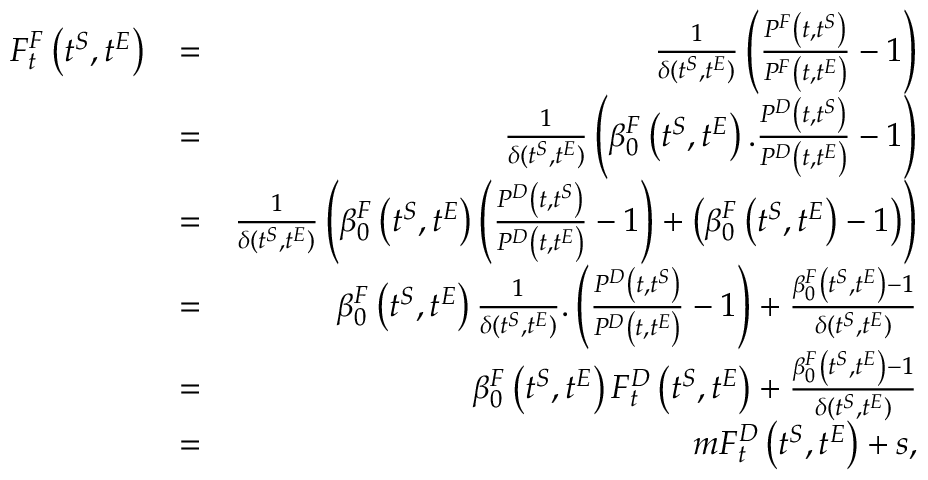
\begin{array} { r l r } { F _ { t } ^ { F } \left( t ^ { S } , t ^ { E } \right) } & { = } & { \frac { 1 } { \delta ( t ^ { S } , t ^ { E } ) } \left( \frac { P ^ { F } \left( t , t ^ { S } \right) } { P ^ { F } \left( t , t ^ { E } \right) } - 1 \right) } \\ & { = } & { \frac { 1 } { \delta ( t ^ { S } , t ^ { E } ) } \left( \beta _ { 0 } ^ { F } \left( t ^ { S } , t ^ { E } \right) . \frac { P ^ { D } \left( t , t ^ { S } \right) } { P ^ { D } \left( t , t ^ { E } \right) } - 1 \right) } \\ & { = } & { \frac { 1 } { \delta ( t ^ { S } , t ^ { E } ) } \left( \beta _ { 0 } ^ { F } \left( t ^ { S } , t ^ { E } \right) \left( \frac { P ^ { D } \left( t , t ^ { S } \right) } { P ^ { D } \left( t , t ^ { E } \right) } - 1 \right) + \left( \beta _ { 0 } ^ { F } \left( t ^ { S } , t ^ { E } \right) - 1 \right) \right) } \\ & { = } & { \beta _ { 0 } ^ { F } \left( t ^ { S } , t ^ { E } \right) \frac { 1 } { \delta ( t ^ { S } , t ^ { E } ) } . \left( \frac { P ^ { D } \left( t , t ^ { S } \right) } { P ^ { D } \left( t , t ^ { E } \right) } - 1 \right) + \frac { \beta _ { 0 } ^ { F } \left( t ^ { S } , t ^ { E } \right) - 1 } { \delta ( t ^ { S } , t ^ { E } ) } } \\ & { = } & { \beta _ { 0 } ^ { F } \left( t ^ { S } , t ^ { E } \right) F _ { t } ^ { D } \left( t ^ { S } , t ^ { E } \right) + \frac { \beta _ { 0 } ^ { F } \left( t ^ { S } , t ^ { E } \right) - 1 } { \delta ( t ^ { S } , t ^ { E } ) } } \\ & { = } & { m F _ { t } ^ { D } \left( t ^ { S } , t ^ { E } \right) + s , } \end{array}